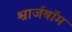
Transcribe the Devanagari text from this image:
श्वार्जबॉम